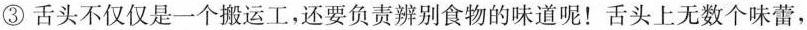
③舌头不仅仅是一个搬运工，还要负责辨别食物的味道呢！舌头上无数个味蕾，